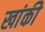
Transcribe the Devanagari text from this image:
खांकी